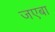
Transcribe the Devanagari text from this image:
जएबा